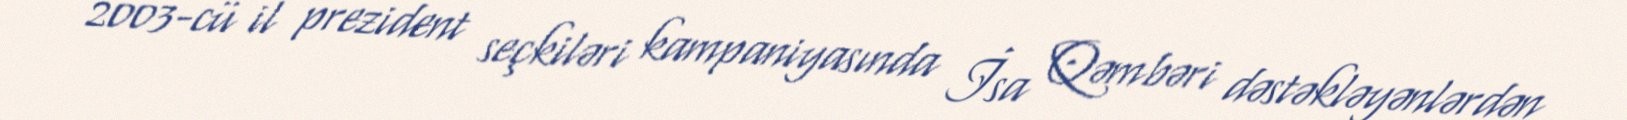
2003-cü il prezident seçkiləri kampaniyasında İsa Qəmbəri dəstəkləyənlərdən